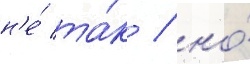
н'е́ та́к / но́